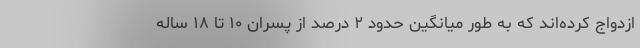
ازدواج کرده‌اند که به طور میانگین حدود ۲ درصد از پسران ۱۰ تا ۱۸ ساله